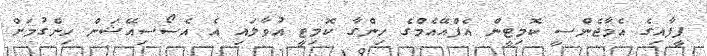
ފީފާއިގެ އެމާޖެންސީ ކޮމިޓީން އެފްއޭއެމްގެ ހިންގާ ކޮމިޓީ އުވާލައި އެ އެސޯސިއޭޝަން ހިންގުމަށް